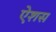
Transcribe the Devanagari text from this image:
ऐशस